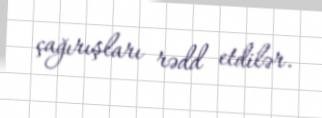
çağırışları rədd etdilər.